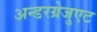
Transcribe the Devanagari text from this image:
अन्डरग्रेजुएट